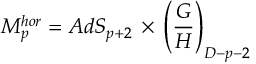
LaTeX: M _ { p } ^ { h o r } = A d S _ { p + 2 } \, \times \, \left( \frac { G } { H } \right) _ { D - p - 2 }